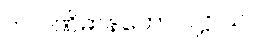
၁။  ပဏိဓာနတော ပဋ္ဌာယ၊